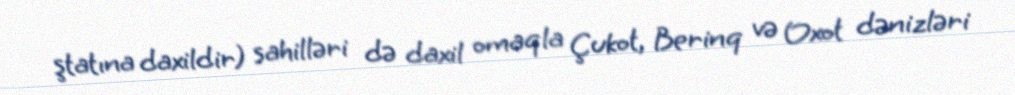
ştatına daxildir) sahilləri də daxil omaqla Çukot, Berinq və Oxot dənizləri